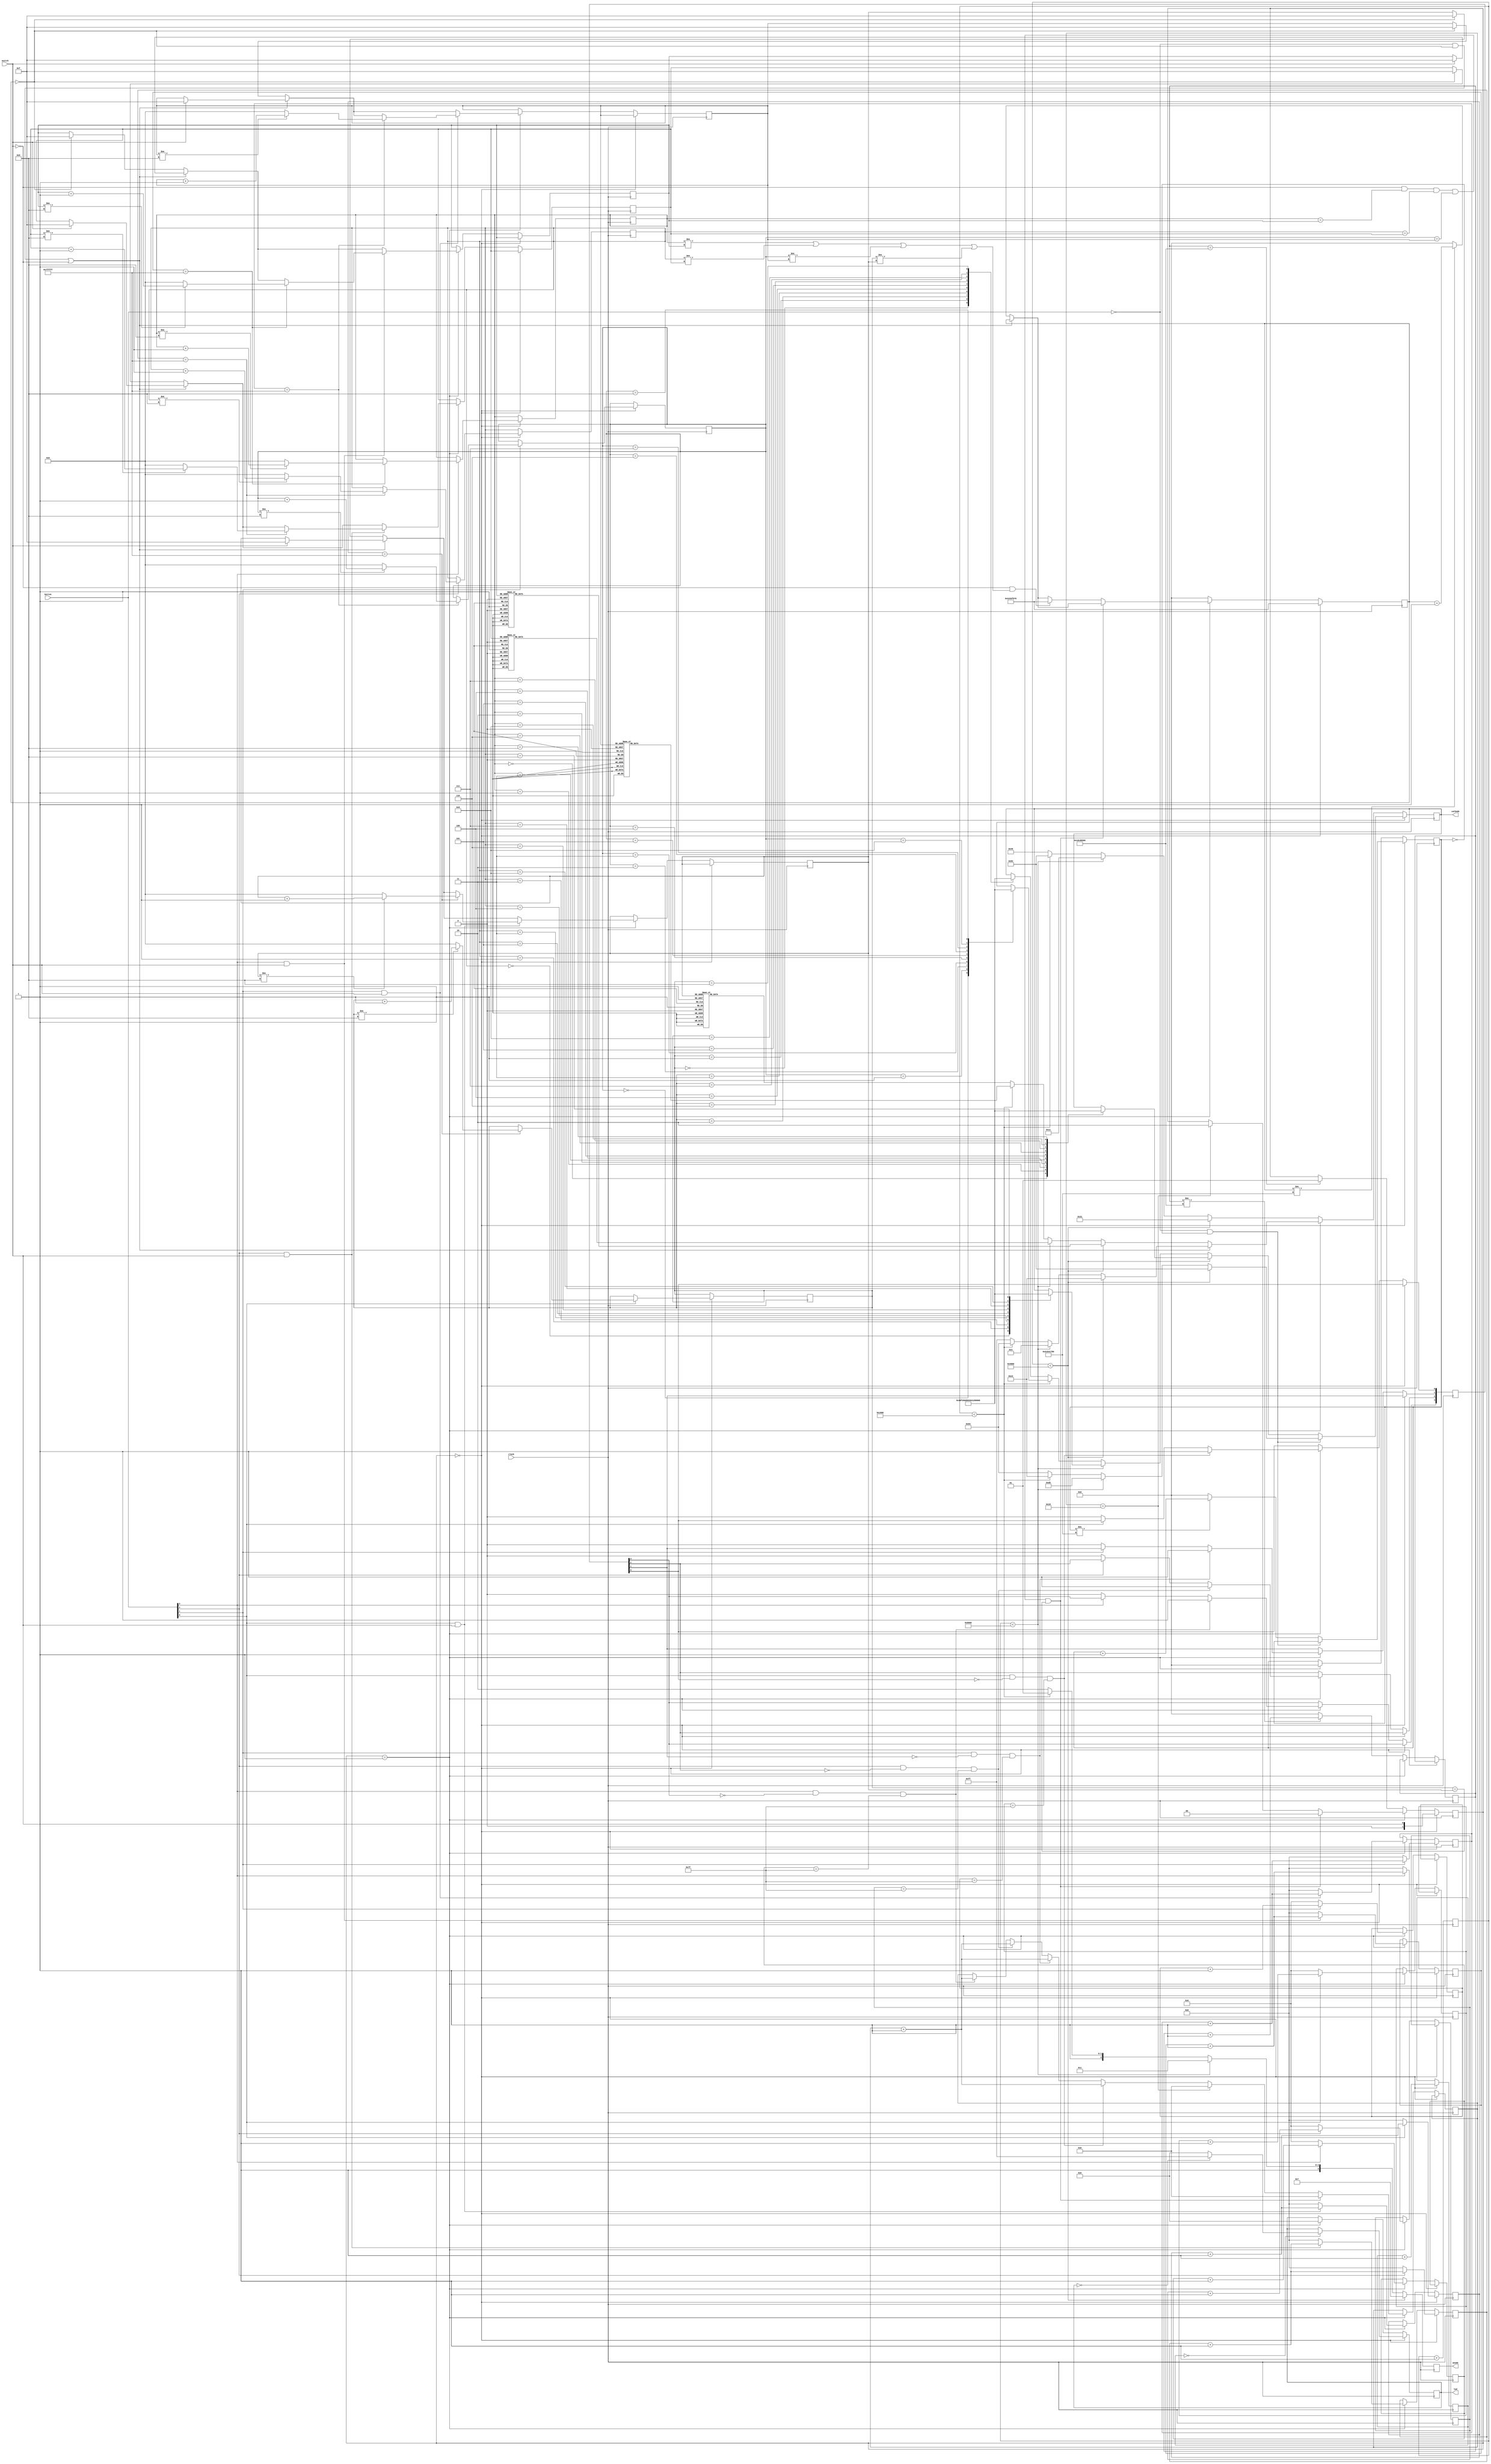
module AsoSako(clock, switch, button, anode, cathode, led);
    input clock, switch;
    input [3:0] button;
    output [3:0] anode;
    output [7:0] cathode, led;
    reg [1:0] state;
    reg [3:0] anode, combo_3, combo_2, combo_1, combo_0, try_3, try_2, try_1, try_0, press;
    reg [4:0] hits;
    reg [6:0] pc_3, pc_2, pc_1, pc_0;
    reg [7:0] cathode, led;
    reg [16:0] seven_ctrl;
    reg [22:0] button_ctrl_3, button_ctrl_2, button_ctrl_1, button_ctrl_0;
    reg [23:0] led_ctrl;
    reg [29:0] combo_timer, set_timer, deact_timer;
    
    initial begin
        state <= 0;
        anode <= 1;
        combo_3 <= 0;
        combo_2 <= 0;
        combo_1 <= 0;
        combo_0 <= 0;
        try_3 <= 15;
        try_2 <= 15;
        try_1 <= 15;
        try_0 <= 15;
        press <= 0;
        hits <= 0;
        pc_3 <= 0;
        pc_2 <= 0;
        pc_1 <= 0;
        pc_0 <= 0;
        cathode <= 0;
        led <= 0;
        seven_ctrl <= 0;
        button_ctrl_3 <= 0;
        button_ctrl_2 <= 0;
        button_ctrl_1 <= 0;
        button_ctrl_0 <= 0;
        led_ctrl <= 0;
        combo_timer <= 0;
        set_timer <= 0;
        deact_timer <= 0;
    end
    
    always @(posedge clock) begin
        if(state == 0) begin
            if((button == 0) && (set_timer == 0)) begin
                if(seven_ctrl < 16384) begin
                    anode <= 4'b0111;
                    cathode <= 8'b10000011;
                end else if(seven_ctrl < 32768) begin
                    anode <= 4'b1011;
                    cathode <= 8'b11010101;
                end else if(seven_ctrl < 49152) begin
                    anode <= 4'b1101;
                    cathode <= 8'b11100011;
                end else begin
                    anode <= 4'b1110;
                    cathode <= 8'b01100011;
                end
            end else begin 
                if(seven_ctrl < 16384) begin
                    anode <= 4'b0111;
                    case(combo_3)
                        0: cathode <= 8'b00000011;
                        1: cathode <= 8'b10011111;
                        2: cathode <= 8'b00100101;
                        3: cathode <= 8'b00001101;
                        4: cathode <= 8'b10011001;
                        5: cathode <= 8'b01001001;
                        6: cathode <= 8'b01000001;
                        7: cathode <= 8'b00011111;
                        8: cathode <= 8'b00000001;
                        9: cathode <= 8'b00001001;
                    endcase
                end else if(seven_ctrl < 32768) begin
                    anode <= 4'b1011;
                    case(combo_2)
                        0: cathode <= 8'b00000011;
                        1: cathode <= 8'b10011111;
                        2: cathode <= 8'b00100101;
                        3: cathode <= 8'b00001101;
                        4: cathode <= 8'b10011001;
                        5: cathode <= 8'b01001001;
                        6: cathode <= 8'b01000001;
                        7: cathode <= 8'b00011111;
                        8: cathode <= 8'b00000001;
                        9: cathode <= 8'b00001001;
                    endcase
                end else if(seven_ctrl < 49152) begin
                    anode <= 4'b1101;
                    case(combo_1)
                        0: cathode <= 8'b00000011;
                        1: cathode <= 8'b10011111;
                        2: cathode <= 8'b00100101;
                        3: cathode <= 8'b00001101;
                        4: cathode <= 8'b10011001;
                        5: cathode <= 8'b01001001;
                        6: cathode <= 8'b01000001;
                        7: cathode <= 8'b00011111;
                        8: cathode <= 8'b00000001;
                        9: cathode <= 8'b00001001;
                    endcase
                end else begin
                    anode <= 4'b1110;
                    case(combo_0)
                        0: cathode <= 8'b00000011;
                        1: cathode <= 8'b10011111;
                        2: cathode <= 8'b00100101;
                        3: cathode <= 8'b00001101;
                        4: cathode <= 8'b10011001;
                        5: cathode <= 8'b01001001;
                        6: cathode <= 8'b01000001;
                        7: cathode <= 8'b00011111;
                        8: cathode <= 8'b00000001;
                        9: cathode <= 8'b00001001;
                    endcase
                end
                
                set_timer <= set_timer != 750000000 ? set_timer + 1 : 0;
            end
            
            if(led_ctrl == 0) begin
                if(led == 0) begin
                    led <= 8'b11111111;
                end else begin
                    led <= 8'b00000000;
                end
            end
            led_ctrl <= led_ctrl + 1;
            
            if(button[3]) begin
                if(button_ctrl_3 == 8388607) begin
                    combo_3 <= combo_3 != 9 ? combo_3 + 1 : 0;
                end
                button_ctrl_3 <= button_ctrl_3 + 1;
            end else begin
                button_ctrl_3 <= 0;
            end
            if(button[2]) begin
                if(button_ctrl_2 == 8388607) begin
                    combo_2 <= combo_2 != 9 ? combo_2 + 1 : 0;
                end
                button_ctrl_2 <= button_ctrl_2 + 1;
            end else begin
                button_ctrl_2 <= 0;
            end
            if(button[1]) begin
                if(button_ctrl_1 == 8388607) begin
                    combo_1 <= combo_1 != 9 ? combo_1 + 1 : 0;
                end
                button_ctrl_1 <= button_ctrl_1 + 1;
            end else begin
                button_ctrl_1 <= 0;
            end
            if(button[0]) begin
                if(button_ctrl_0 == 8388607) begin
                    combo_0 <= combo_0 != 9 ? combo_0 + 1 : 0;
                end
                button_ctrl_0 <= button_ctrl_0 + 1;
            end else begin
                button_ctrl_0 <= 0;
            end
            
            combo_timer <= 749990000;
            
            state <= switch;
        end else if(state == 1) begin
            if(((button == 0) && (combo_timer == 0)) || (switch == 0)) begin
                if(seven_ctrl < 16384) begin
                    anode <= 4'b0111;
                    cathode <= 8'b11100011;
                end else if(seven_ctrl < 32768) begin
                    anode <= 4'b1011;
                    cathode <= 8'b00000011;
                end else if(seven_ctrl < 49152) begin
                    anode <= 4'b1101;
                    cathode <= 8'b01100011;
                end else begin
                    anode <= 4'b1110;
                    cathode <= 8'b11111111;
                end
                
                if(switch == 1) begin
                    try_3 <= 15;
                    try_2 <= 15;
                    try_1 <= 15;
                    try_0 <= 15;
                end
            end else begin
                if(seven_ctrl < 16384) begin
                    anode <= 4'b0111;
                    case(try_3)
                        0: cathode <= 8'b00000011;
                        1: cathode <= 8'b10011111;
                        2: cathode <= 8'b00100101;
                        3: cathode <= 8'b00001101;
                        4: cathode <= 8'b10011001;
                        5: cathode <= 8'b01001001;
                        6: cathode <= 8'b01000001;
                        7: cathode <= 8'b00011111;
                        8: cathode <= 8'b00000001;
                        9: cathode <= 8'b00001001;
                        default: cathode <= 8'b11111111;
                    endcase
                end else if(seven_ctrl < 32768) begin
                    anode <= 4'b1011;
                    case(try_2)
                        0: cathode <= 8'b00000011;
                        1: cathode <= 8'b10011111;
                        2: cathode <= 8'b00100101;
                        3: cathode <= 8'b00001101;
                        4: cathode <= 8'b10011001;
                        5: cathode <= 8'b01001001;
                        6: cathode <= 8'b01000001;
                        7: cathode <= 8'b00011111;
                        8: cathode <= 8'b00000001;
                        9: cathode <= 8'b00001001;
                        default: cathode <= 8'b11111111;
                    endcase
                end else if(seven_ctrl < 49152) begin
                    anode <= 4'b1101;
                    case(try_1)
                        0: cathode <= 8'b00000011;
                        1: cathode <= 8'b10011111;
                        2: cathode <= 8'b00100101;
                        3: cathode <= 8'b00001101;
                        4: cathode <= 8'b10011001;
                        5: cathode <= 8'b01001001;
                        6: cathode <= 8'b01000001;
                        7: cathode <= 8'b00011111;
                        8: cathode <= 8'b00000001;
                        9: cathode <= 8'b00001001;
                        default: cathode <= 8'b11111111;
                    endcase
                end else begin
                    anode <= 4'b1110;
                    case(try_0)
                        0: cathode <= 8'b00000011;
                        1: cathode <= 8'b10011111;
                        2: cathode <= 8'b00100101;
                        3: cathode <= 8'b00001101;
                        4: cathode <= 8'b10011001;
                        5: cathode <= 8'b01001001;
                        6: cathode <= 8'b01000001;
                        7: cathode <= 8'b00011111;
                        8: cathode <= 8'b00000001;
                        9: cathode <= 8'b00001001;
                        default: cathode <= 8'b11111111;
                    endcase
                end
                
                combo_timer <= combo_timer != 750000000 ? combo_timer + 1 : 0;
                
                if(combo_timer == 0) begin
                    try_3 <= 15;
                    try_2 <= 15;
                    try_1 <= 15;
                    try_0 <= 15;
                end
            end
            
            if(button[3] && (switch == 1)) begin
                if(button_ctrl_3 == 8388607) begin
                    try_3 <= try_3 != 9 ? try_3 + 1 : 0;
                end
                button_ctrl_3 <= button_ctrl_3 + 1;
            end else begin
                button_ctrl_3 <= 0;
            end
            if(button[2] && (switch == 1)) begin
                if(button_ctrl_2 == 8388607) begin
                    try_2 <= try_2 != 9 ? try_2 + 1 : 0;
                end
                button_ctrl_2 <= button_ctrl_2 + 1;
            end else begin
                button_ctrl_2 <= 0;
            end
            if(button[1] && (switch == 1)) begin
                if(button_ctrl_1 == 8388607) begin
                    try_1 <= try_1 != 9 ? try_1 + 1 : 0;
                end
                button_ctrl_1 <= button_ctrl_1 + 1;
            end else begin
                button_ctrl_1 <= 0;
            end
            if(button[0] && (switch == 1)) begin
                if(button_ctrl_0 == 8388607) begin
                    try_0 <= try_0 != 9 ? try_0 + 1 : 0;
                end
                button_ctrl_0 <= button_ctrl_0 + 1;
            end else begin
                button_ctrl_0 <= 0;
            end
            
            if(button[3]) begin
                pc_3 <= pc_3 + 1;
            end else begin
                pc_3 <= 0;
            end
            if(button[2]) begin
                pc_2 <= pc_2 + 1;
            end else begin
                pc_2 <= 0;
            end
            if(button[1]) begin
                pc_1 <= pc_1 + 1;
            end else begin
                pc_1 <= 0;
            end
            if(button[0]) begin
                pc_0 <= pc_0 + 1;
            end else begin
                pc_0 <= 0;
            end
            
            if(button[3] && (press[3] == 0) && (pc_3 == 127)) begin
                hits <= hits + 1;
                press[3] <= 1;
            end else if(button[3] == 0) begin
                press[3] <= 0;
            end
            if(button[2] && (press[2] == 0) && (pc_2 == 127)) begin
                hits <= hits + 1;
                press[2] <= 1;
            end else if(button[2] == 0) begin
                press[2] <= 0;
            end
            if(button[1] && (press[1] == 0) && (pc_1 == 127)) begin
                hits <= hits + 1;
                press[1] <= 1;
            end else if(button[1] == 0) begin
                press[1] <= 0;
            end
            if(button[0] && (press[0] == 0) && (pc_0 == 127)) begin
                hits <= hits + 1;
                press[0] <= 1;
            end else if(button[0] == 0) begin
                press[0] <= 0;
            end
            
            if(hits == 25) begin
                state <= 2;
                hits <= 0;
            end
            
            led <= 0;
            
            set_timer <= 0;
            
            if((switch == 0) && (combo_3 == try_3) && (combo_2 == try_2) && (combo_1 == try_1) && (combo_0 == try_0)) begin
                state <= 0;
                hits <= 0;
            end else if((switch == 0) && ((combo_3 != try_3) || (combo_2 != try_2) || (combo_1 != try_1) || (combo_0 != try_0))) begin
                combo_timer <= 749990000;
            end
        end else begin
            if(seven_ctrl < 16384) begin
                anode <= 4'b0111;
                cathode <= 8'b00110001;
            end else if(seven_ctrl < 32768) begin
                anode <= 4'b1011;
                cathode <= 8'b00010001;
            end else if(seven_ctrl < 49152) begin
                anode <= 4'b1101;
                cathode <= 8'b10000011;
            end else begin
                anode <= 4'b1110;
                cathode <= 8'b01001001;
            end
            
            if(deact_timer == 500000000) begin
                state <= 1;
            end
            
            combo_timer <= 0;
            
            deact_timer <= deact_timer != 500000000 ? deact_timer + 1 : 0;
        end
        seven_ctrl <= seven_ctrl + 1;
    end
endmodule